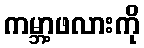
ကမ္ဘာ့ဖလားကို